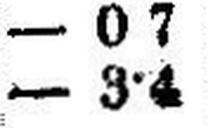
— 3•4